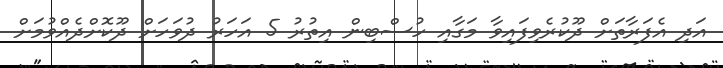
އަދި އެފަރާތަށް ދޫކުރެވިފައިވާ މަގާއި ހުސްބިން އިތުރު 5 އަހަރު ދުވަހަށް ދޫކޮށްދެއްވުމަށް